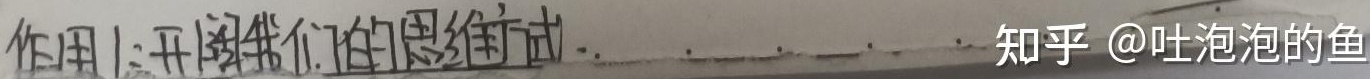
作用1:开阔我们的思维方式.知乎 @吐泡泡的鱼